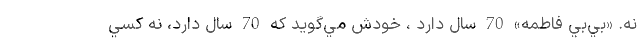
نه. «بي‌بي ‌فاطمه» 70 سال دارد ، خودش مي‌گويد كه 70 سال دارد، نه كسي